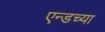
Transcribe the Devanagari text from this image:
एन्डच्या